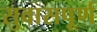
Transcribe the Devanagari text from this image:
सुवासपूर्ण